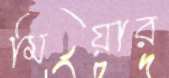
মিয়ার